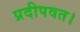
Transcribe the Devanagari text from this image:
प्रदीपवत।